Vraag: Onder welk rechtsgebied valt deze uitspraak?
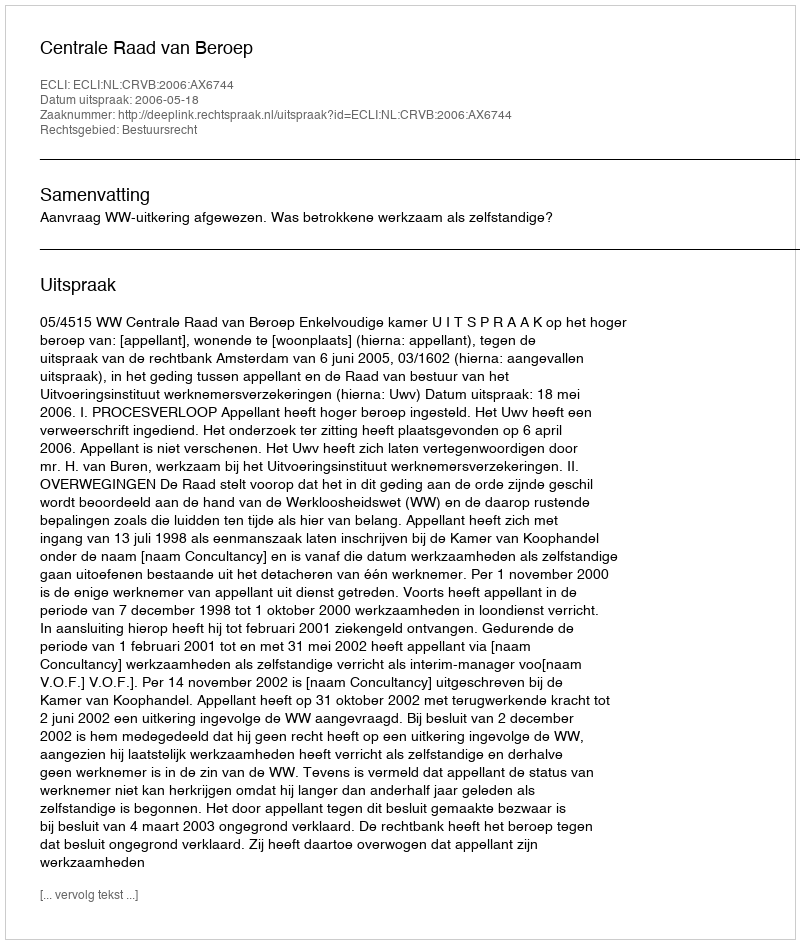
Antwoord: Bestuursrecht